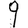
Digit: 9